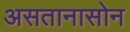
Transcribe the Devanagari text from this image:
असतानासोन